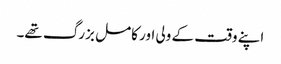
اپنے وقت کے ولی اور کامل بزرگ تھے۔